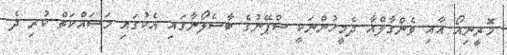
މޮރީނިއޯ އާއި ވެންގާލްއާ ދެމީހުންނަކީ ސްޕޭނުގެ ބާސެލޯނާގައި އެކުގައި މަސައްކަތް ކުރި ދެ